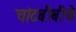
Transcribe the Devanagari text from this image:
चांदबीबीचे